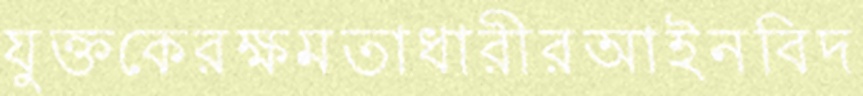
যুক্তকেরক্ষমতাধারীরআইনবিদ